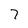
Character: 7